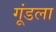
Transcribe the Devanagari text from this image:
गूंडला